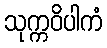
သုက္ကဝိပါကံ